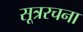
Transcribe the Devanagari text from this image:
सूत्ररचना